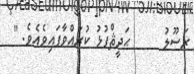
ރަސޫލު      ޙަދީޘްފުޅު ކުރައްވާފައިވެއެވެ. "